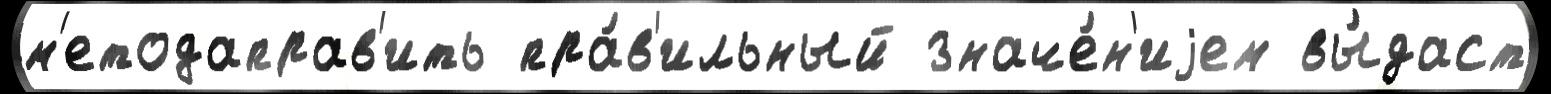
м'етодаправ'ить пра́в'ильный значе́н'иjем вы́даст